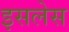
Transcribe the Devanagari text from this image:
इसलेस